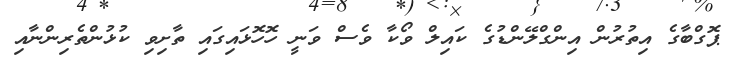
ޕޮގްބާގެ އިތުރުން އިންގްލޭންޑުގެ ކައިލް ވޯކާ ވެސް ވަނީ ހޮހޮޅައިގައި ތާށިވި ކުޅުންތެރިންނާއި